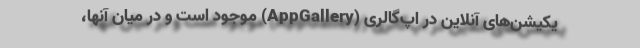
یکیشن‌های آنلاین در اپ‌گالری (AppGallery) موجود است و در میان آنها،